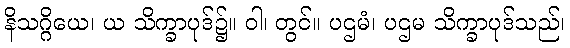
နိသဂ္ဂိယေ၊ ယ သိက္ခာပုဒ်၌။ ဝါ၊ တွင်။ ပဌမံ၊ ပဌမ သိက္ခာပုဒ်သည်၊